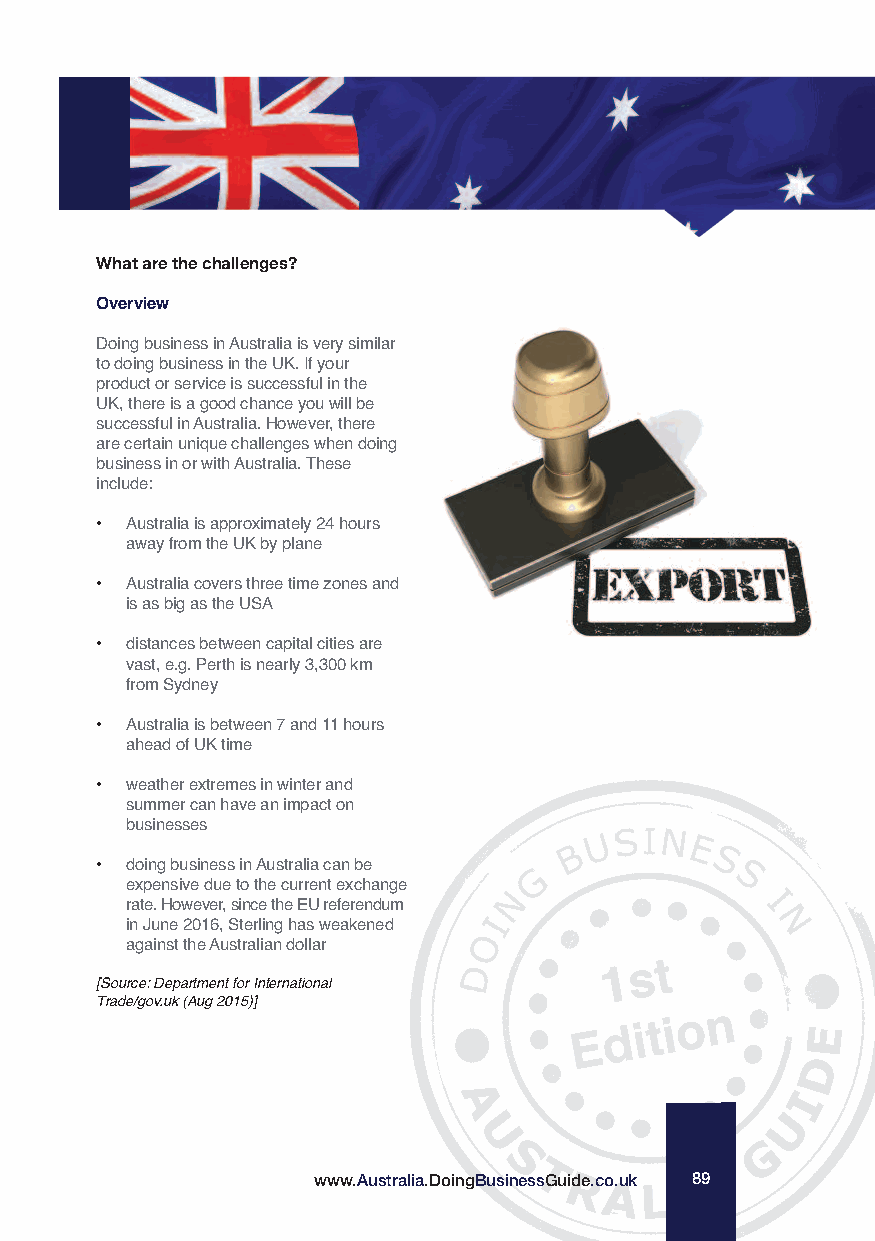
What are the challenges?
 Overview
 Doing business in Australia is very similar
 to doing business in the UK. If your
 product or service is successful in the
 UK, there is a good chance you will be
 successful in Australia. However, there
 are certain unique challenges when doing
 business in or with Australia. These
 include:
 • Australia is approximately 24 hours
 away from the UK by plane
 • Australia covers three time zones and
 is as big as the USA
 • distances between capital cities are
 vast, e.g. Perth is nearly 3,300 km
 from Sydney
 • Australia is between 7 and 11 hours
 ahead of UK time
 • weather extremes in winter and
 summer can have an impact on
 businesses
 • doing business in Australia can be
 expensive due to the current exchange
 rate. However, since the EU referendum
 in June 2016, Sterling has weakened
 against the Australian dollar
 [Source: Department for International
 Trade/gov.uk (Aug 2015)]
 www.Australia.DoingBusinessGuide.co.uk 89